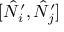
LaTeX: [ \hat { N } _ { i } ^ { \prime } , \hat { N } _ { j } ^ { \prime } ]